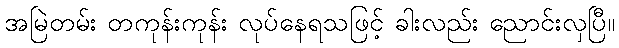
အမြဲတမ်း တကုန်းကုန်း လုပ်နေရသဖြင့် ခါးလည်း ညောင်းလှပြီ။